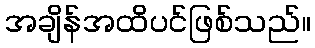
အချိန်အထိပင်ဖြစ်သည်။